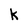
Character: x